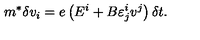
m ^ { * } \delta v _ { i } = e \left( E ^ { i } + B \varepsilon _ { j } ^ { i } { } v ^ { j } \right) \delta { t } .